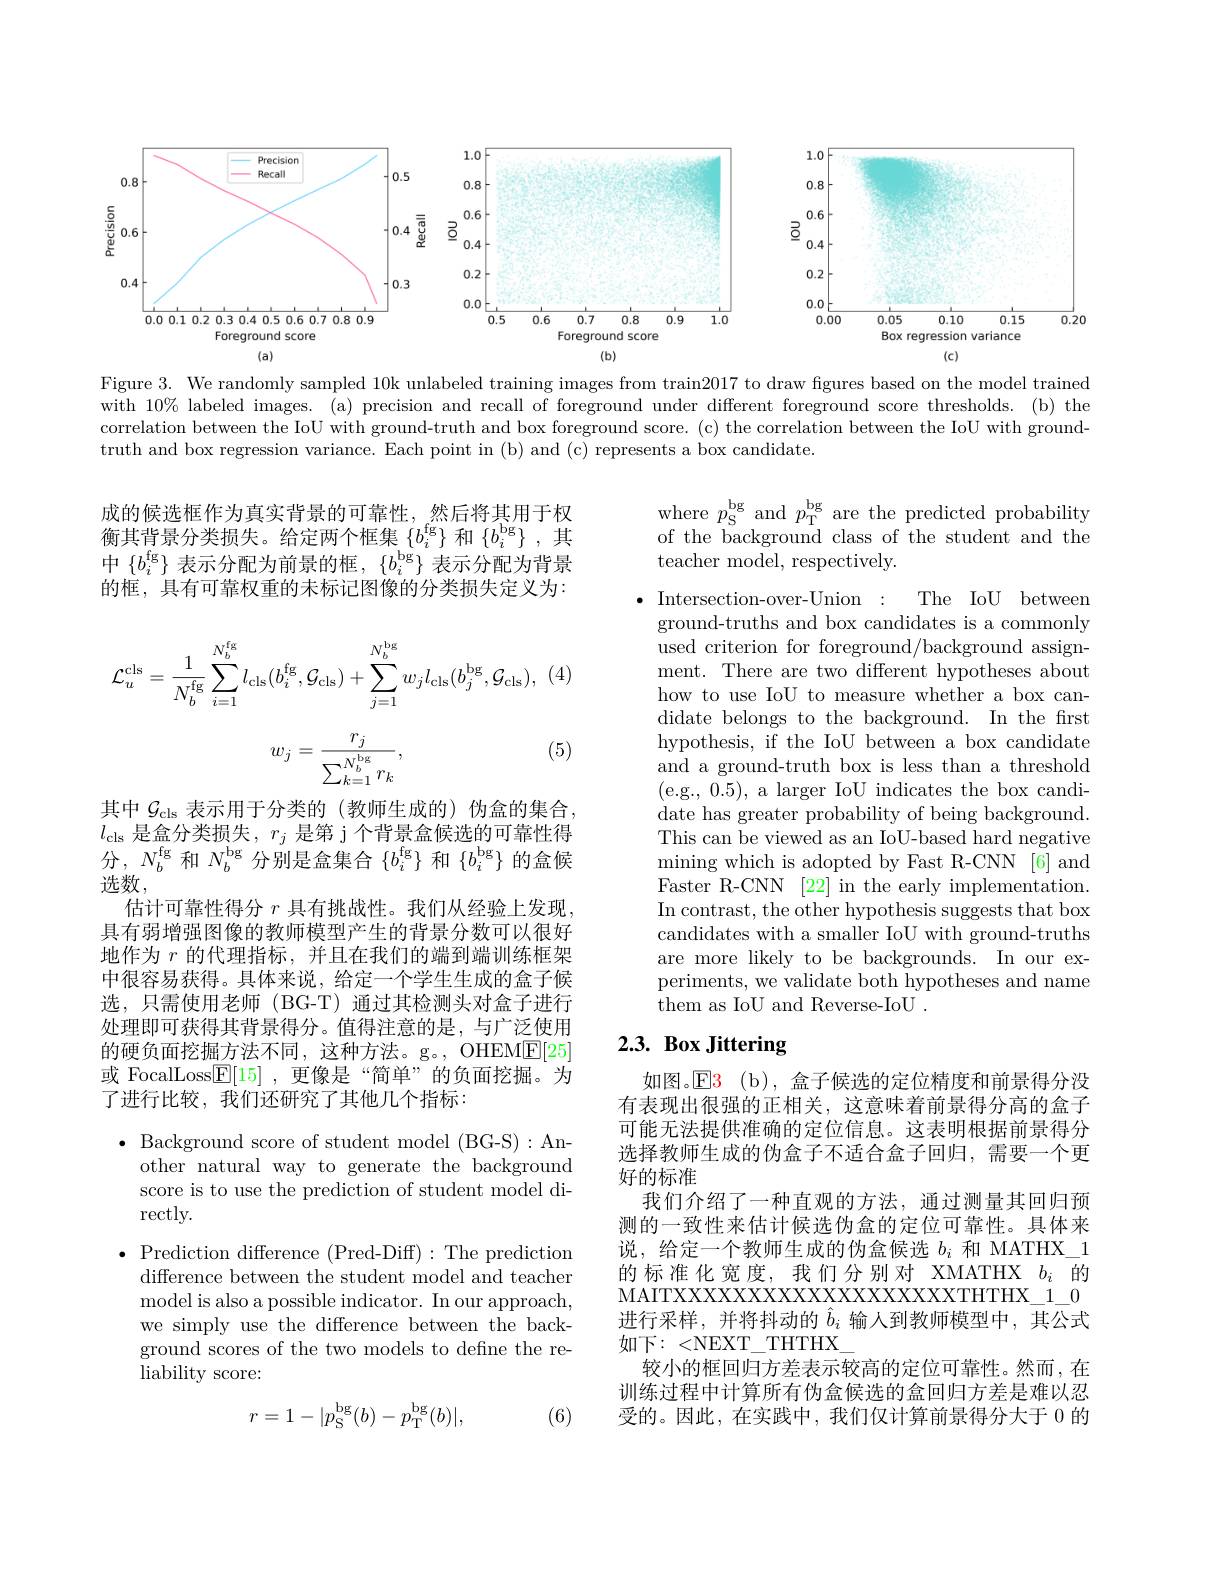
<FigureHere>

Figure 3. We randomly sampled 10k unlabeled training images from train2017 to draw figures based on the model trained with $10\%$ labeled images. (a) precision and recall of foreground under different foreground score thresholds. (b) the correlation between the IoU with ground-truth and box foreground score. (c) the correlation between the IoU with groundtruth and box regression variance. Each point in (b) and (c) represents a box candidate.

where $p_{\mathrm{S}}^\mathrm{bg}$ and $p_\mathrm{T}^\mathrm{bg}$ are the predicted probability of the background class of the student and the teacher model, respectively.

成的候选框作为真实背景的可靠性，然后将其用于权衡其背景分类损失。给定两个框集$\{b_i^\mathrm{fg}\}$和$\{b_i^\mathrm{bg}\}$,其中$\{b_i^\mathrm{fg}\}$ 表示分配为前景的框，$\{b_i^\mathrm{bg}\}$ 表示分配为背景的框，具有可靠权重的未标记图像的分类损失定义为：
$$\mathcal{L}_{u}^{\mathrm{cls}}=\frac{1}{N_{b}^{\mathrm{fg}}}\sum_{i=1}^{N_{b}^{\mathrm{fg}}}l_{\mathrm{cls}}(b_{i}^{\mathrm{fg}},\mathcal{G}_{\mathrm{cls}})+\sum_{j=1}^{N_{b}^{\mathrm{bg}}}w_{j}l_{\mathrm{cls}}(b_{j}^{\mathrm{bg}},\mathcal{G}_{\mathrm{cls}}),$$
(5)
$$w_j=\frac{r_j}{\sum_{k=1}^{N_b^\mathrm{bg}}r_k},$$
The IoU between
$\bullet$ Intersection-over-Union:
ground-truths and box candidates is a commonly used criterion for foreground/background assignment. There are two different hypotheses about how to use IoU to measure whether a box candidate belongs to the background. In the frst hypothesis, if the IoU between a box candidate and a ground-truth box is less than a threshold (e.g., 0.5), a larger IoU indicates the box candidate has greater probability of being background. This can be viewed as an IoU-based hard negative mining which is adopted by Fast R-CNN [6] and Faster R-CNN [22] in the early implementation. In contrast, the other hypothesis suggests that box candidates with a smaller IoU with ground-truths are more likely to be backgrounds. In our experiments, we validate both hypotheses and name them as IoU and Reverse-IoU .

其中$\mathcal{G}_\mathrm{cls}$表示用于分类的 (教师生成的)伪盒的集合。$l_{\mathrm{cls}}$是盒分类损失，$r_j$是第 j 个背景盒候选的可靠性得分，$N_b^\mathrm{fg}$和$N_b^\mathrm{bg}$分别是盒集合$\{b_i^\mathrm{fg}\}$和$\{b_i^\mathrm{bg}\}$的盒候选数，
估计可靠性得分$r$具有挑战性。我们从经验上发现具有弱增强图像的教师模型产生的背景分数可以很好地作为$r$的代理指标，并且在我们的端到端训练框架中很容易获得。具体来说，给定一个学生生成的盒子候选，只需使用老师(BG-T)通过其检测头对盒子进行处理即可获得其背景得分。值得注意的是，与广泛使用的硬负面挖掘方法不同，这种方法。g。, OHEM$\underline{\mathrm{E}}[25]$ 或 FocalLoss$\underline{\mathbb{F}}[15]$ ,更像是“简单”的负面挖掘。为了进行比较，我们还研究了其他几个指标：

# 2.3. Box Jittering

如图。$\mathsf{E}$3(b),盒子候选的定位精度和前景得分没有表现出很强的正相关，这意味着前景得分高的盒子可能无法提供准确的定位信息。这表明根据前景得分选择教师生成的伪盒子不适合盒子回归，需要一个更好的标准
我们介绍了一种直观的方法，通过测量其回归预测的一致性来估计候选伪盒的定位可靠性。具体来说，给定一个教师生成的伪盒候选$b_i$和 MATHX\_1的标准化宽度，我们分别对 XMATHX $b_i$的$MAITXXXXXXXXXXXXXXXXXXTHTHX\_1\_0$ 进行采样，并将抖动的$\hat{b}_i$输入到教师模型中，其公式如下：<NEXT\_THTHX
较小的框回归方差表示较高的定位可靠性。然而，在训练过程中计算所有伪盒候选的盒回归方差是难以忍受的。因此，在实践中，我们仅计算前景得分大于 0 的

$\bullet$ Background score of student model (BG-S):Another natural way to generate the background score is to use the prediction of student model di- $\operatorname{rectly}.$
$\bullet$ Prediction difference (Pred-Diff):The prediction
difference between the student model and teacher model is also a possible indicator. In our approach, we simply use the difference between the background scores of the two models to define the reliability score:
$$r=1-|p_\mathrm{S}^\mathrm{bg}(b)-p_\mathrm{T}^\mathrm{bg}(b)|,$$
(6)